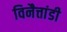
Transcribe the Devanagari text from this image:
विनैत्तांडी